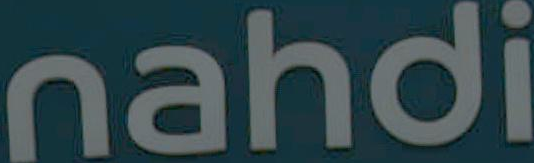
nahdi